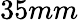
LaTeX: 35mm